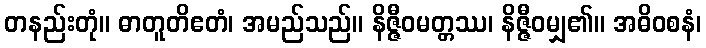
တနည်းတုံ။ ဓာတူတိဧတံ၊ အမည်သည်။ နိဇ္ဇီဝမတ္တဿ၊ နိဇ္ဇီဝမျှ၏။ အဓိဝစနံ၊